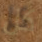
كل